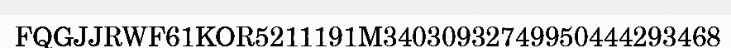
FQGJJRWF61KOR5211191M34030932749950444293468